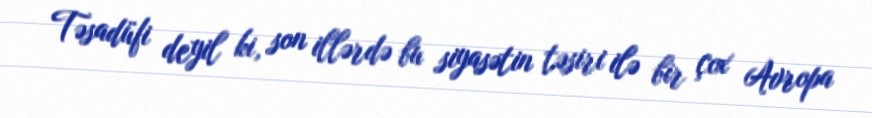
Təsadüfi deyil ki, son illərdə bu siyasətin təsiri ilə bir çox Avropa